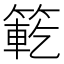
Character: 𮅯